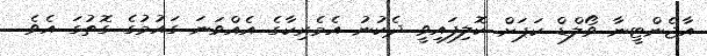
އާޖެންޓީނާ ވޯލްޑް ކަޕަށް ކޮލިފައިވީ ދެކުނު އެމެރިކާގެ އެއްވަނަ ގައުމުގެ ގޮތުގަ އެވެ.